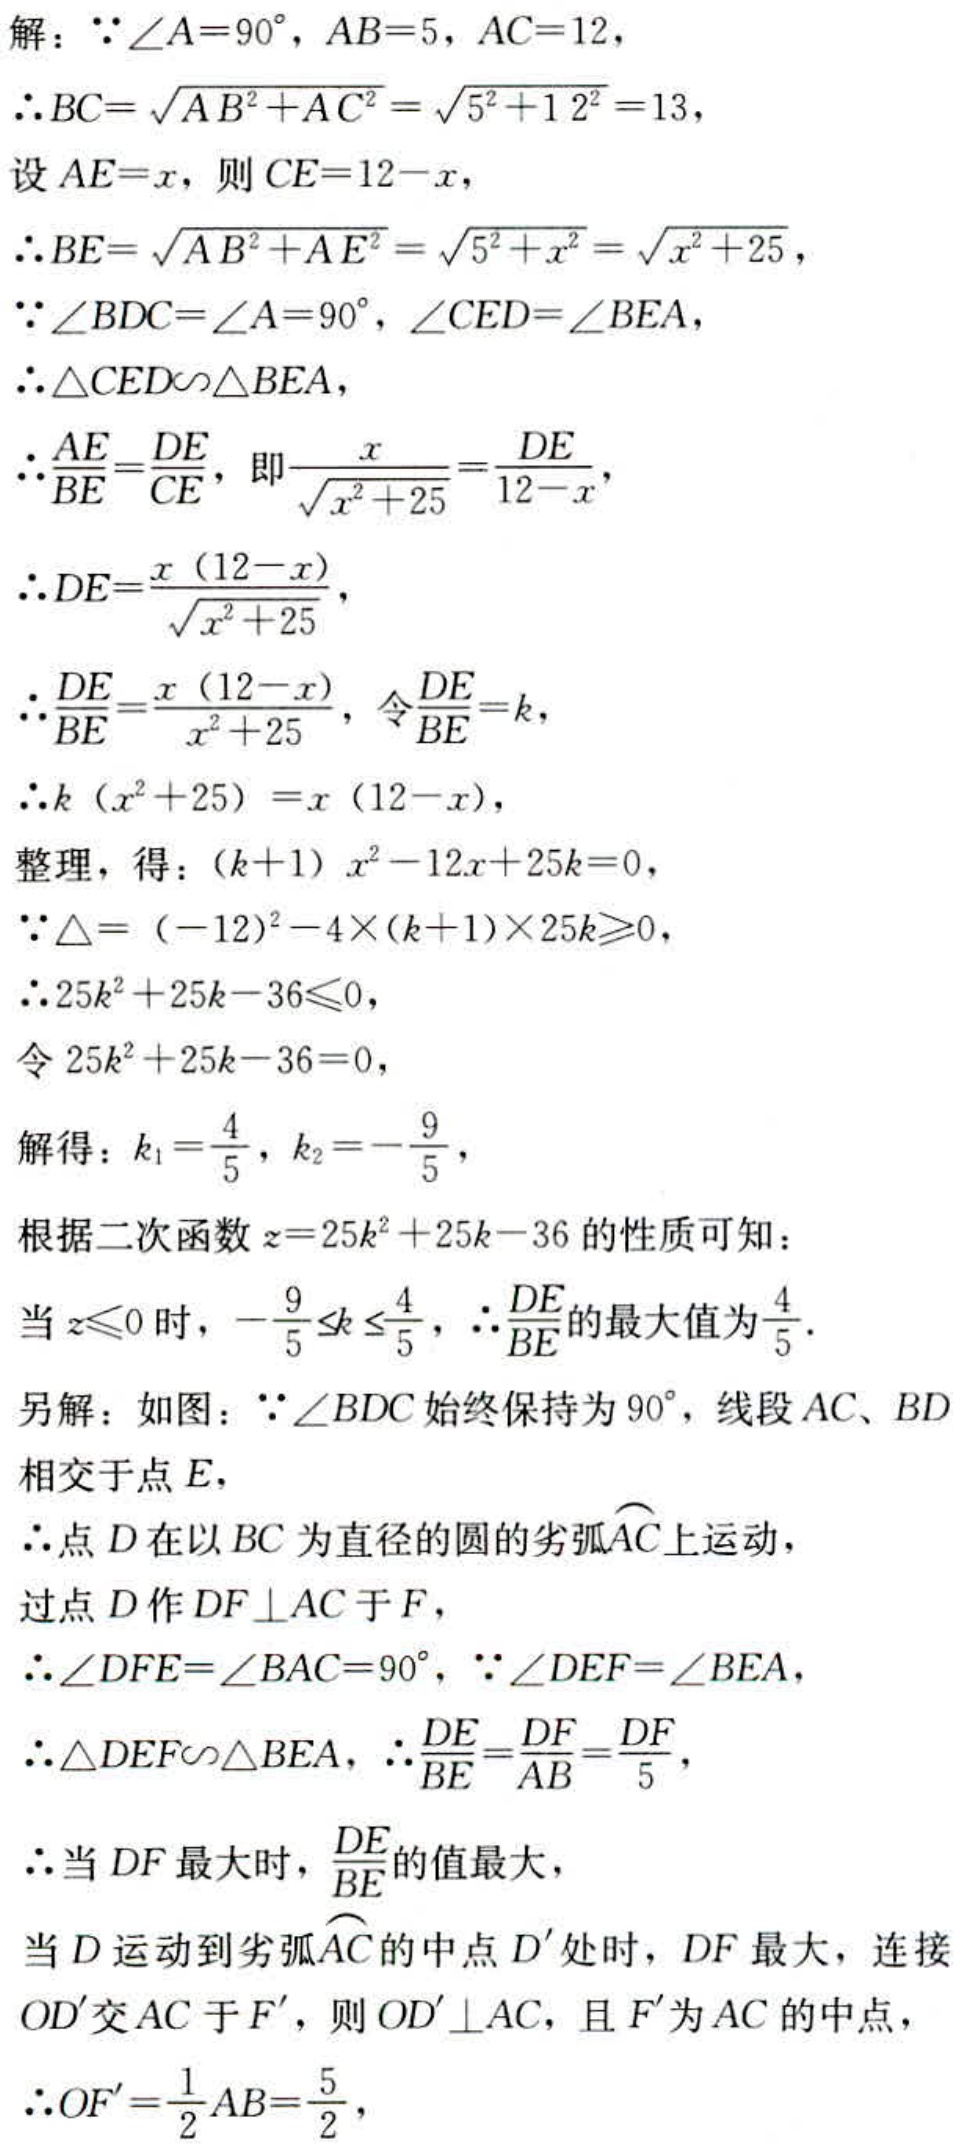
解：\(\because\angle A = 90^{\circ}, AB = 5, AC = 12\)，
\(\therefore BC=\sqrt{AB^{2}+AC^{2}}=\sqrt{5^{2}+12^{2}} = 13\)，
设\(AE = x\)，则\(CE = 12 - x\)，
\(\therefore BE=\sqrt{AB^{2}+AE^{2}}=\sqrt{5^{2}+x^{2}}=\sqrt{x^{2}+25}\)，
\(\because\angle BDC=\angle A = 90^{\circ}, \angle CED=\angle BEA\)，
\(\therefore\triangle CED\sim\triangle BEA\)，
\(\therefore\frac{AE}{BE}=\frac{DE}{CE}\)，即\(\frac{x}{\sqrt{x^{2}+25}}=\frac{DE}{12 - x}\)，
\(\therefore DE=\frac{x(12 - x)}{\sqrt{x^{2}+25}}\)，
\(\therefore\frac{DE}{BE}=\frac{x(12 - x)}{x^{2}+25}\)，令\(\frac{DE}{BE}=k\)，
\(\therefore k(x^{2}+25)=x(12 - x)\)，
整理，得：\((k + 1)x^{2}-12x + 25k = 0\)，
\(\because\Delta=(-12)^{2}-4\times(k + 1)\times25k\geqslant0\)，
\(\therefore25k^{2}+25k - 36\leqslant0\)，
令\(25k^{2}+25k - 36 = 0\)，
解得：\(k_{1}=\frac{4}{5}, k_{2}=-\frac{9}{5}\)，
根据二次函数\(z = 25k^{2}+25k - 36\)的性质可知：
当\(z\leqslant0\)时，\(-\frac{9}{5}\leq k\leq\frac{4}{5}\)，\(\therefore\frac{DE}{BE}\)的最大值为\(\frac{4}{5}\)．
另解：如图：\(\because\angle BDC\)始终保持为\(90^{\circ}\)，线段\(AC、BD\)相交于点\(E\)，
\(\therefore\)点\(D\)在以\(BC\)为直径的圆的劣弧\(\overset{\frown}{AC}\)上运动，
过点\(D\)作\(DF\perp AC\)于\(F\)，
\(\therefore\angle DFE=\angle BAC = 90^{\circ}, \because\angle DEF=\angle BEA\)，
\(\therefore\triangle DEF\sim\triangle BEA\)，\(\therefore\frac{DE}{BE}=\frac{DF}{AB}=\frac{DF}{5}\)，
\(\therefore\)当\(DF\)最大时，\(\frac{DE}{BE}\)的值最大，
当\(D\)运动到劣弧\(\overset{\frown}{AC}\)的中点\(D'\)处时，\(DF\)最大，连接\(OD'\)交\(AC\)于\(F'\)，则\(OD'\perp AC\)，且\(F'\)为\(AC\)的中点，
\(\therefore OF'=\frac{1}{2}AB=\frac{5}{2}\)，